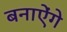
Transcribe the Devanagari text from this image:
बनाऐंगे